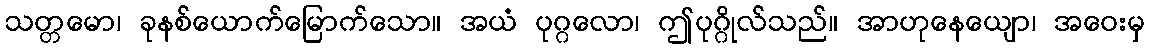
သတ္တမော၊ ခုနစ်ယောက်မြောက်သော။ အယံ ပုဂ္ဂလော၊ ဤပုဂ္ဂိုလ်သည်။ အာဟုနေယျော၊ အဝေးမှ